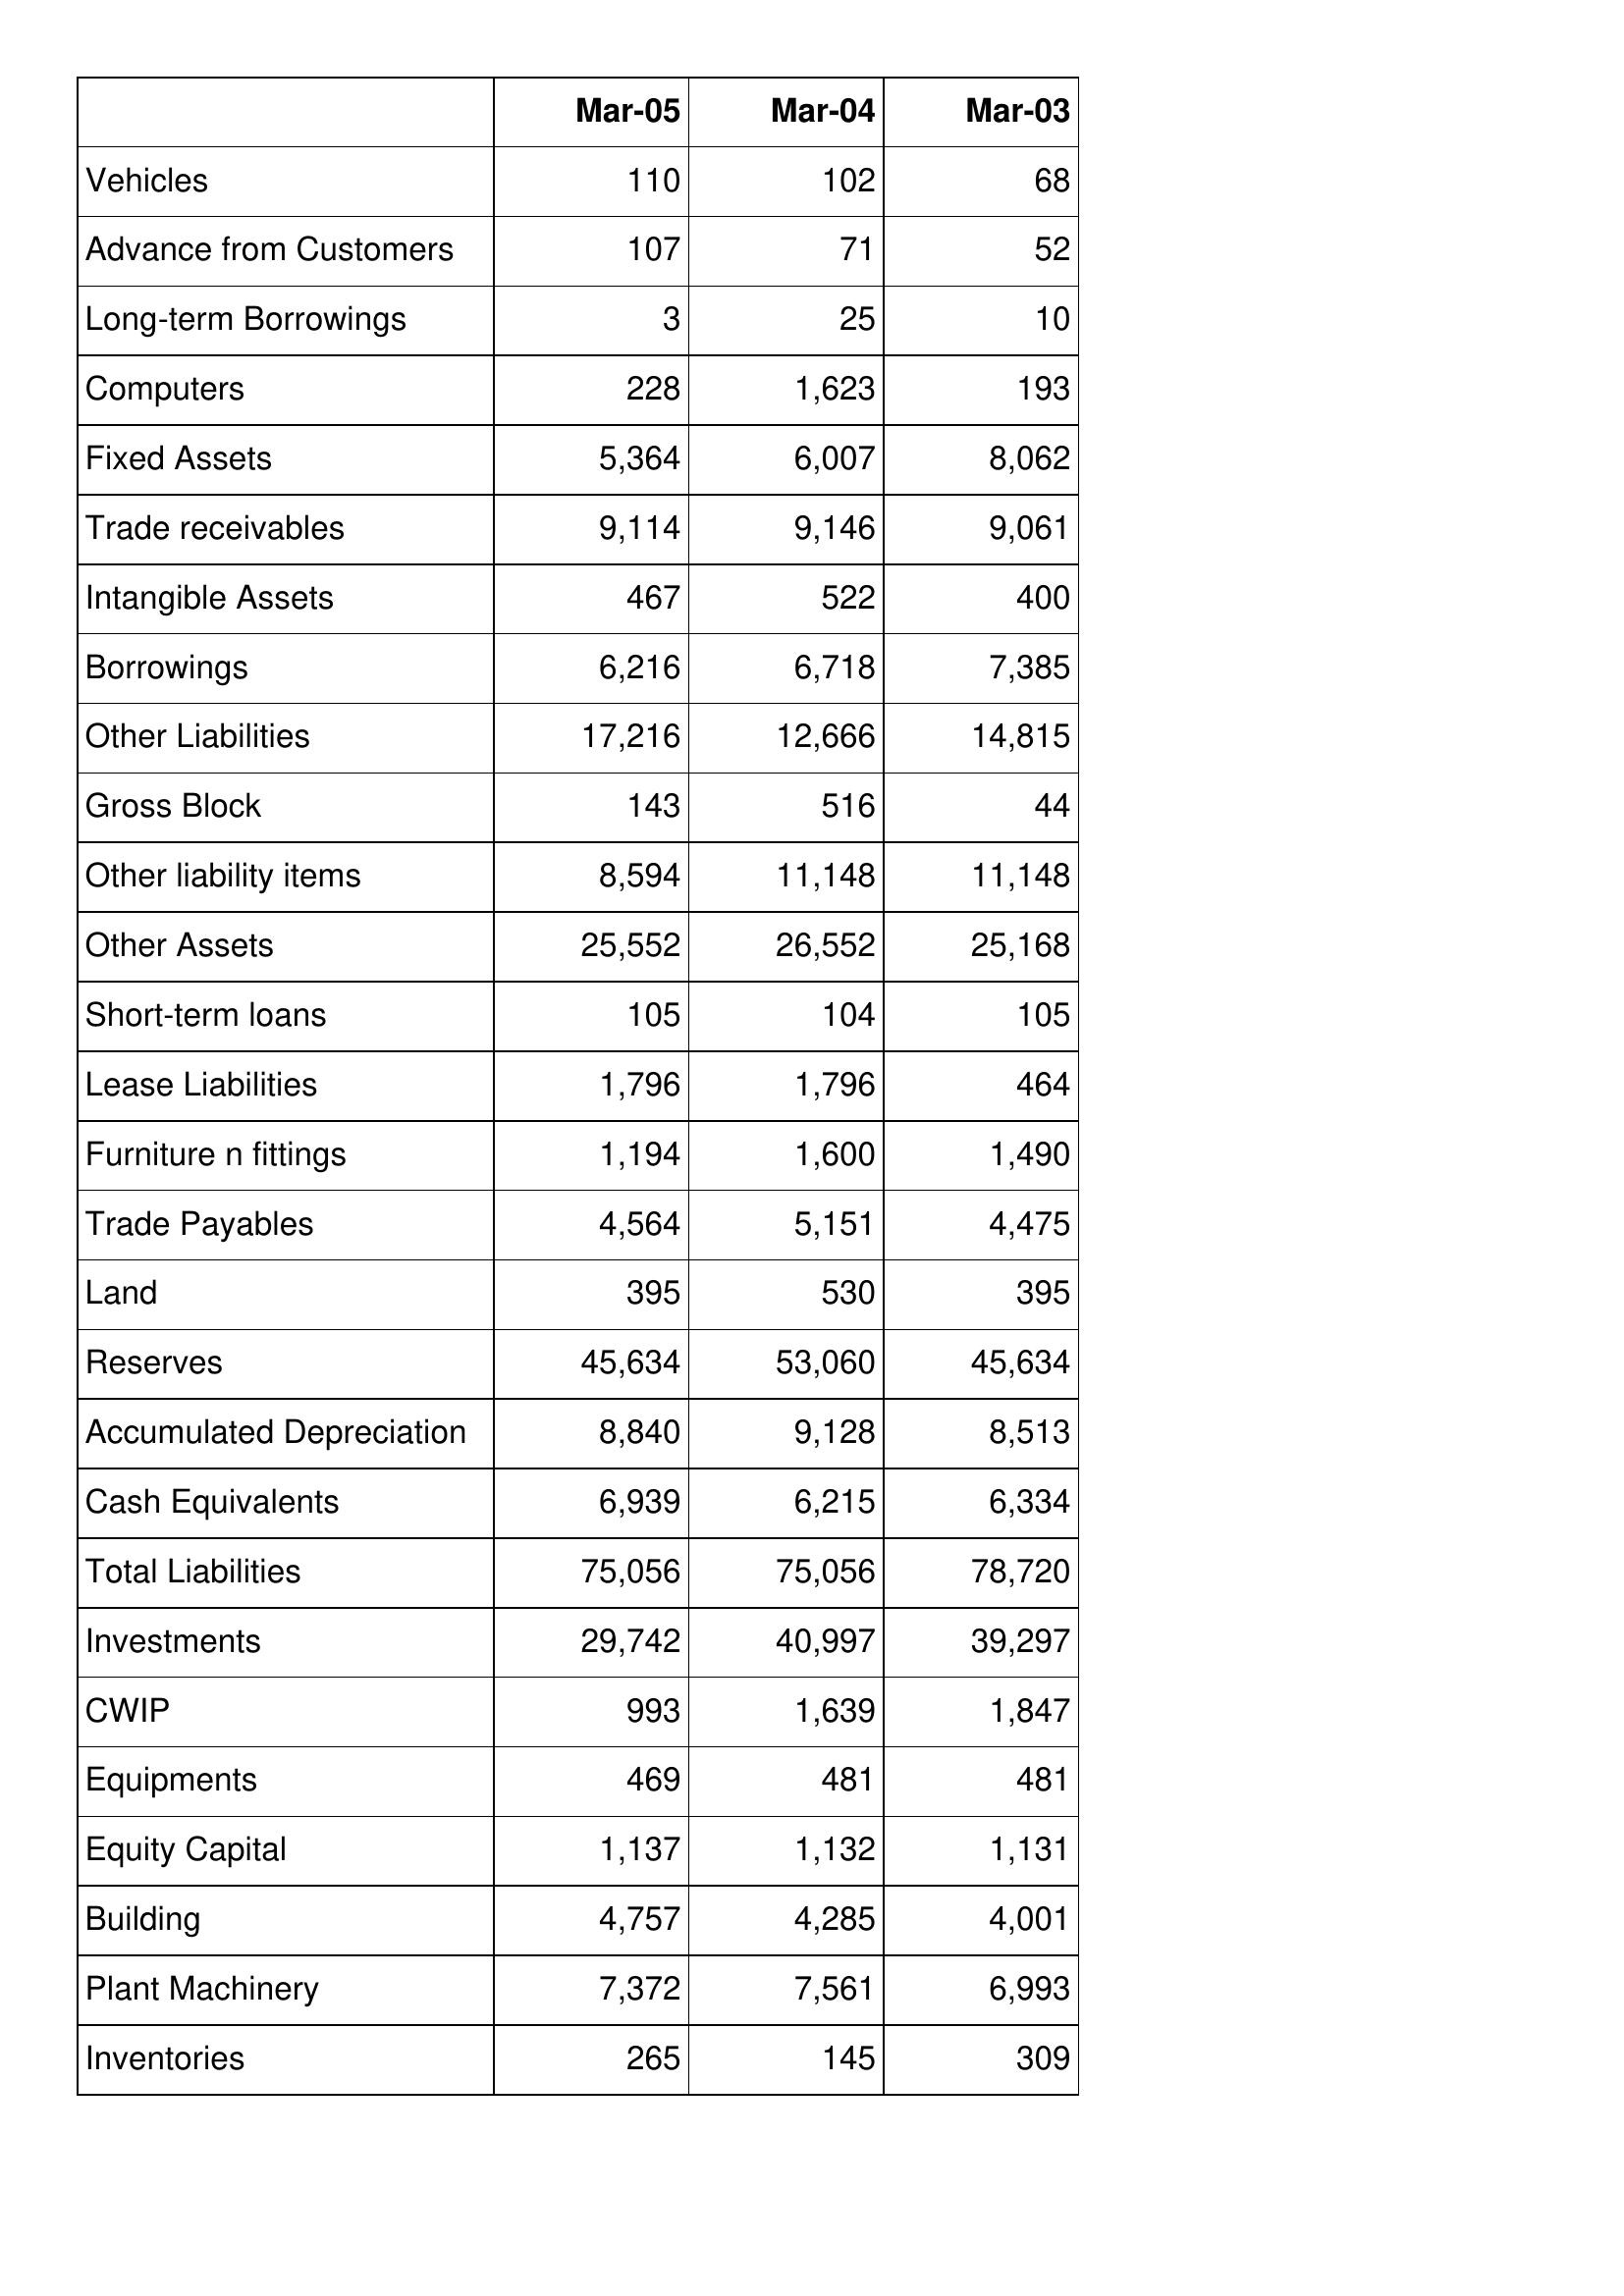
Mar-05: Balance Sheet: Vehicles: 110
Advance from Customers: 107
Long-term Borrowings: 3
Computers: 228
Fixed Assets: 5,364
Trade receivables: 9,114
Intangible Assets: 467
Borrowings: 6,216
Other Liabilities: 17,216
Gross Block: 143
Other liability items: 8,594
Other Assets: 25,552
Short-term loans: 105
Lease Liabilities: 1,796
Furniture n fittings: 1,194
Trade Payables: 4,564
Land: 395
Reserves: 45,634
Accumulated Depreciation: 8,840
Cash Equivalents: 6,939
Total Liabilities: 75,056
Investments: 29,742
CWIP: 993
Equipments: 469
Equity Capital: 1,137
Building: 4,757
Plant Machinery: 7,372
Inventories: 265
Mar-04: Balance Sheet: Vehicles: 102
Advance from Customers: 71
Long-term Borrowings: 25
Computers: 1,623
Fixed Assets: 6,007
Trade receivables: 9,146
Intangible Assets: 522
Borrowings: 6,718
Other Liabilities: 12,666
Gross Block: 516
Other liability items: 11,148
Other Assets: 26,552
Short-term loans: 104
Lease Liabilities: 1,796
Furniture n fittings: 1,600
Trade Payables: 5,151
Land: 530
Reserves: 53,060
Accumulated Depreciation: 9,128
Cash Equivalents: 6,215
Total Liabilities: 75,056
Investments: 40,997
CWIP: 1,639
Equipments: 481
Equity Capital: 1,132
Building: 4,285
Plant Machinery: 7,561
Inventories: 145
Mar-03: Balance Sheet: Vehicles: 68
Advance from Customers: 52
Long-term Borrowings: 10
Computers: 193
Fixed Assets: 8,062
Trade receivables: 9,061
Intangible Assets: 400
Borrowings: 7,385
Other Liabilities: 14,815
Gross Block: 44
Other liability items: 11,148
Other Assets: 25,168
Short-term loans: 105
Lease Liabilities: 464
Furniture n fittings: 1,490
Trade Payables: 4,475
Land: 395
Reserves: 45,634
Accumulated Depreciation: 8,513
Cash Equivalents: 6,334
Total Liabilities: 78,720
Investments: 39,297
CWIP: 1,847
Equipments: 481
Equity Capital: 1,131
Building: 4,001
Plant Machinery: 6,993
Inventories: 309